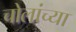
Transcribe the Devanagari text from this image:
चोलांच्या